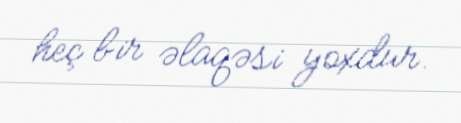
heç bir əlaqəsi yoxdur.